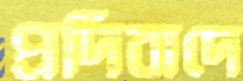
প্রদিবাদে